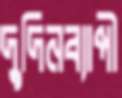
দুদিনব্যাপী